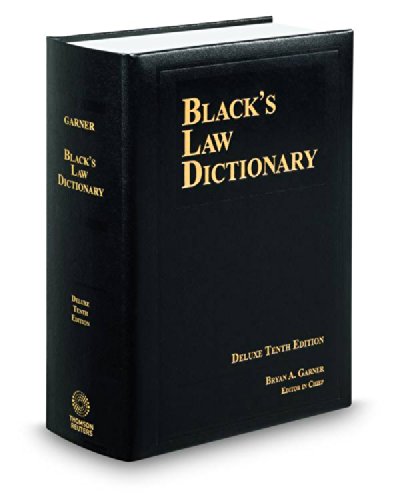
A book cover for BLACK'S LAW DICTIONARY; DELUXE 10TH EDITION; Bryan A. Garner; Law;